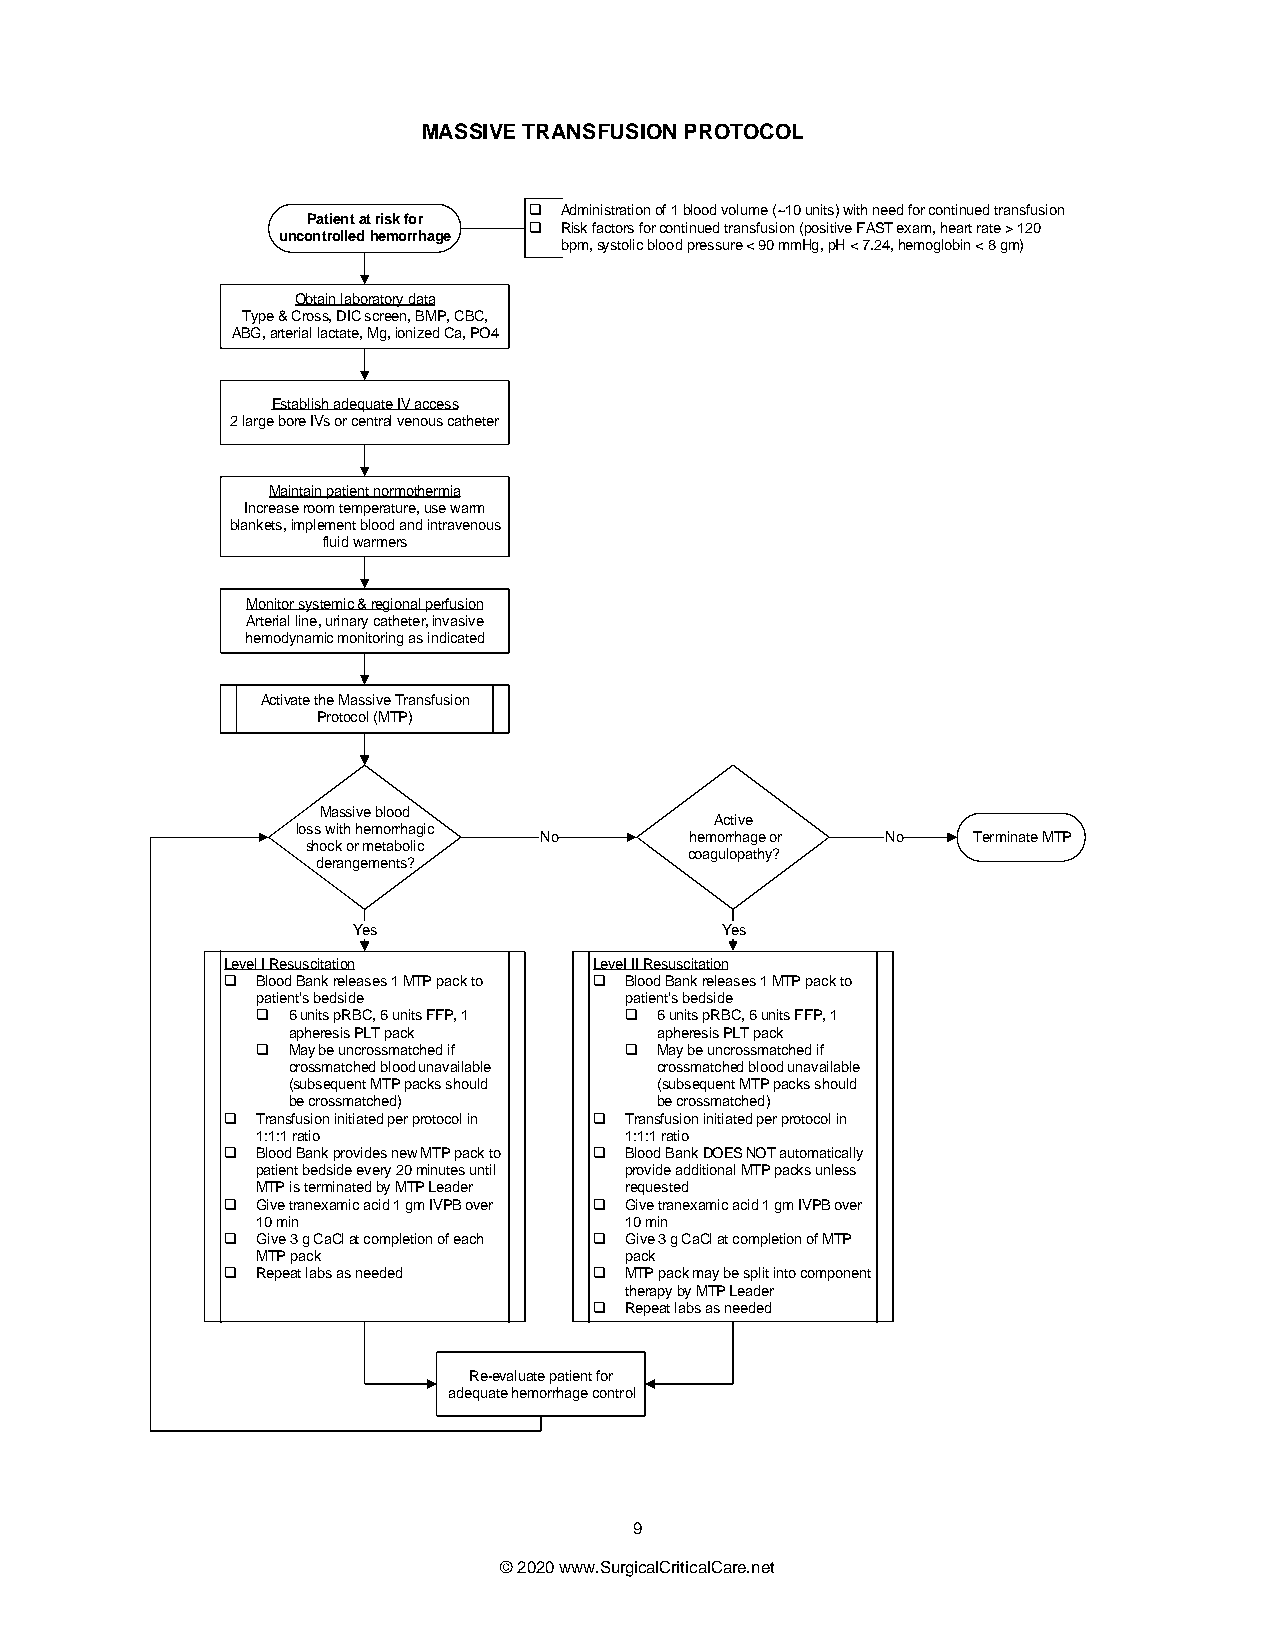
MASSIVE TRANSFUSION PROTOCOL
 q Administration of 1 blood volume (~10 units) with need for continued transfusion
 Patient at risk for
 q Risk factors for continued transfusion (positive FAST exam, heart rate > 120
 uncontrolled hemorrhage
 bpm, systolic blood pressure < 90 mmHg, pH < 7.24, hemoglobin < 8 gm)
 Obtain laboratory data
 Type & Cross, DIC screen, BMP, CBC,
 ABG, arterial lactate, Mg, ionized Ca, PO4
 Establish adequate IV access
 2 large bore IVs or central venous catheter
 Maintain patient normothermia
 Increase room temperature, use warm
 blankets, implement blood and intravenous
 fluid warmers
 Monitor systemic & regional perfusion
 Arterial line, urinary catheter, invasive
 hemodynamic monitoring as indicated
 Activate the Massive Transfusion
 Protocol (MTP)
 Massive blood
 Active
 loss with hemorrhagic
 No        hemorrhage or No  Terminate MTP
 shock or metabolic
 coagulopathy?
 derangements?
 Yes                      Yes
 Level I Resuscitation   LeveI II Resuscitation
 q Blood Bank releases 1 MTP pack to q Blood Bank releases 1 MTP pack to
 patient s bedside       patient s bedside
 q 6 units pRBC, 6 units FFP, 1 q 6 units pRBC, 6 units FFP, 1
 apheresis PLT pack       apheresis PLT pack
 q May be uncrossmatched if q May be uncrossmatched if
 crossmatched blood unavailable crossmatched blood unavailable
 (subsequent MTP packs should (subsequent MTP packs should
 be crossmatched)         be crossmatched)
 q Transfusion initiated per protocol in q Transfusion initiated per protocol in
 1:1:1 ratio             1:1:1 ratio
 q Blood Bank provides new MTP pack to q Blood Bank DOES NOT automatically
 patient bedside every 20 minutes until provide additional MTP packs unless
 MTP is terminated by MTP Leader requested
 q Give tranexamic acid 1 gm IVPB over q Give tranexamic acid 1 gm IVPB over
 10 min                  10 min
 q Give 3 g CaCl at completion of each q Give 3 g CaCl at completion of MTP
 MTP pack                pack
 q Repeat labs as needed q MTP pack may be split into component
 therapy by MTP Leader
 q Repeat labs as needed
 Re-evaluate patient for
 adequate hemorrhage control
 9
 © 2020 www.SurgicalCriticalCare.net